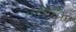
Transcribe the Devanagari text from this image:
१८५०पासून